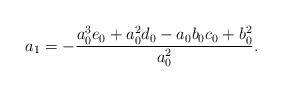
\begin{align*} a_{1}=-\frac{a_0^3e_0+a_0^2d_0-a_0b_0c_0+b_0^2}{a_0^2}.\end{align*}